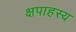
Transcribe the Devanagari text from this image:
क्षपाहस्य